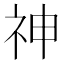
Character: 神